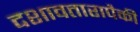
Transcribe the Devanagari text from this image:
दशावतारापैकी